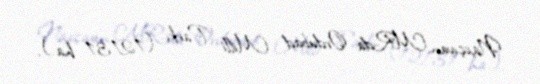
Naxçıvan MR-da Ordubad Milli Parkı (12131 ha.).